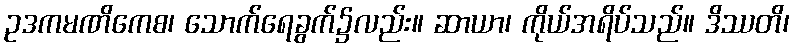
ဥဒကမဏိကေစ၊ သောက်ရေခွက်၌လည်း။ ဆာယာ၊ ကိုယ်အရိပ်သည်။ ဒိဿတိ၊